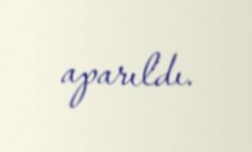
aparıldı.